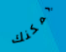
يمكنك